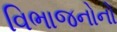
વિભાજનોનો